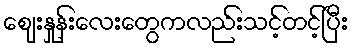
ဈေးနှုန်းလေးတွေကလည်းသင့်တင့်ပြီး